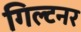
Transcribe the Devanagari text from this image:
गिल्टनर